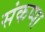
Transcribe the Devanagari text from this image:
संकप्पा